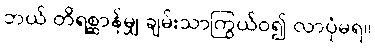
ဘယ် တိရစ္ဆာန်မျှ ချမ်းသာကြွယ်ဝ၍ လာပုံမရ။